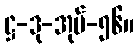
ဋ္ဌ-ဒု-အုပ်-၅၆။